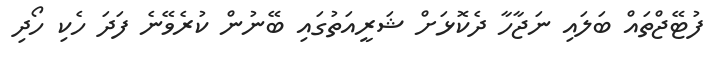
ފުޓޭޖްތައް ބަލައި ނަޖާހާ ދެކޮޅަށް ޝަރީއަތުގައި ބޭނުން ކުރެވޭނެ ފަދަ ހެކި ހޯދި